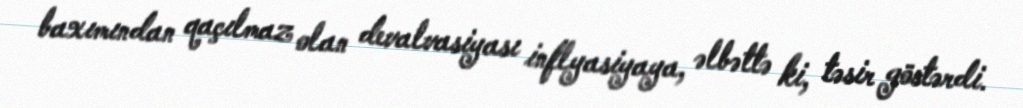
baxımından qaçılmaz olan devalvasiyası inflyasiyaya, əlbəttə ki, təsir göstərdi.